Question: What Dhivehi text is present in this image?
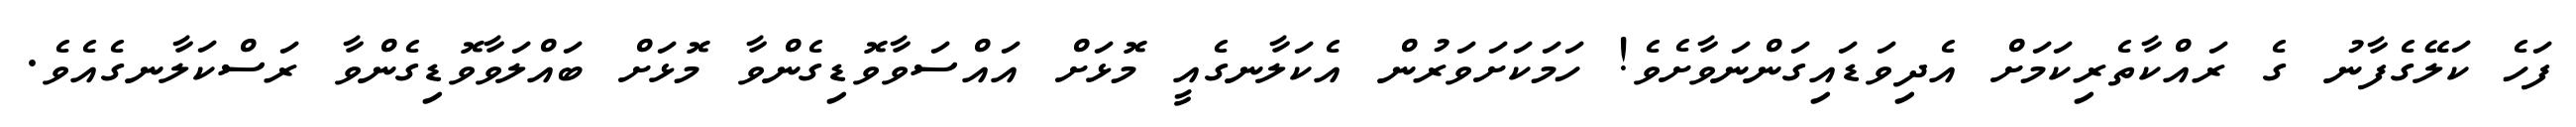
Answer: ފަހެ ކަލޭގެފާނު ގެ ރައްކާތެރިކަމަށް އެދިވަޑައިގަންނަވާށެވެ! ހަމަކަށަވަރުން އެކަލާނގެއީ މޮޅަށް އައްސަވާވޮޑިގެންވާ މޮޅަށް ބައްލަވާވޮޑިގެންވާ ރަސްކަލާނގެއެވެ.